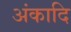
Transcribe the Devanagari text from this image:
अंकादि